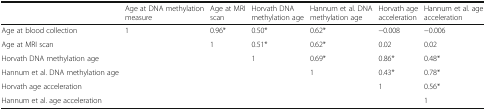
<table><thead><tr><td></td><td><b>Age at DNA methylation measure</b></td><td><b>Age at MRI scan</b></td><td><b>Horvath DNA methylation age</b></td><td><b>Hannum et al. DNA methylation age</b></td><td><b>Horvath age acceleration</b></td><td><b>Hannum et al. age acceleration</b></td></tr></thead><tbody><tr><td>Age at blood collection</td><td>1</td><td>0.96*</td><td>0.50*</td><td>0.62*</td><td>−0.008</td><td>−0.006</td></tr><tr><td>Age at MRI scan</td><td></td><td>1</td><td>0.51*</td><td>0.62*</td><td>0.02</td><td>0.02</td></tr><tr><td>Horvath DNA methylation age</td><td></td><td></td><td>1</td><td>0.69*</td><td>0.86*</td><td>0.48*</td></tr><tr><td>Hannum et al. DNA methylation age</td><td></td><td></td><td></td><td>1</td><td>0.43*</td><td>0.78*</td></tr><tr><td>Horvath age acceleration</td><td></td><td></td><td></td><td></td><td>1</td><td>0.56*</td></tr><tr><td>Hannum et al. age acceleration</td><td></td><td></td><td></td><td></td><td></td><td>1</td></tr></tbody></table>